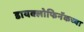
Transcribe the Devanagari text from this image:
डायक्लोफिनॅकच्या